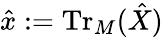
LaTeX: \hat{x}:=\operatorname{Tr}_{M}(\hat{X})